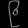
Digit: ၉